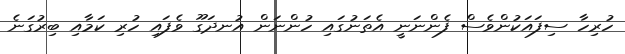
ހުރިހާ ސިފައަކުންވެސް ފެންނަނީ އެތަނުގައި ހުންނަން އުނދަގޫ ވެފައި ހުރި ކަމާއި ބިރުގަނެ